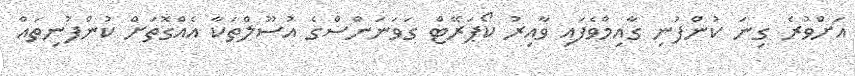
އަށްވުރެ ގިނަ ކުންފުނި ގާއިމްވެފައި ވާއިރު ކޯޕަރޭޓް ގަވަނަންސްގެ އުސޫލްތަކާ އެއްގޮތަށް ކުންފުނިތައް